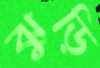
ঝুড়ি